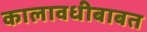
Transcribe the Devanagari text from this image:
कालावधीबाबत